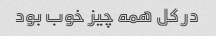
در کل همه چیز خوب بود